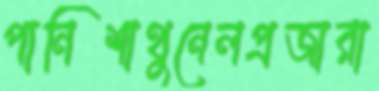
পানিশাথুনেলপ্রজারা